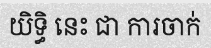
យិទ្ធិ នេះ ជា ការចាក់